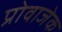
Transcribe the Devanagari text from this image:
प्रोवाजेक